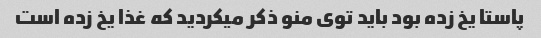
پاستا یخ زده بود باید توی منو ذکر میکردید که غذا یخ زده است